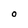
Character: O